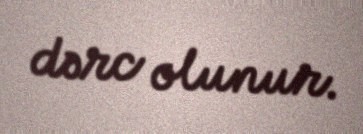
dərc olunur.